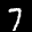
Label: 7